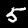
Label: 5